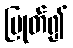
ပြုတ်၍